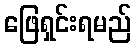
ဖြေရှင်းရမည်